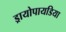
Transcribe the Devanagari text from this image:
ड्रायोपायडिया